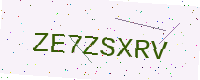
Text: ZE7ZSXRV